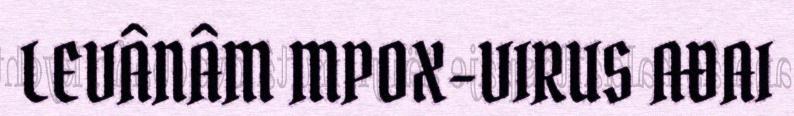
LEVÂNÂM MPOX-VIRUS AĐAI